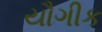
યૌગીક